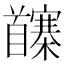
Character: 𩠵